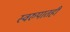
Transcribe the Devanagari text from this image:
स्वरुपातही